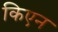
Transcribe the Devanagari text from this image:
किएन